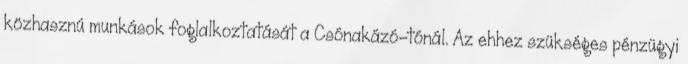
közhasznú munkások foglalkoztatását a Csónakázó-tónál. Az ehhez szükséges pénzügyi